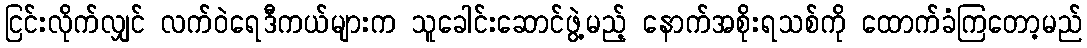
ငြင်းလိုက်လျှင် လက်ဝဲရေဒီကယ်များက သူခေါင်းဆောင်ဖွဲ့မည့် နောက်အစိုးရသစ်ကို ထောက်ခံကြတော့မည်